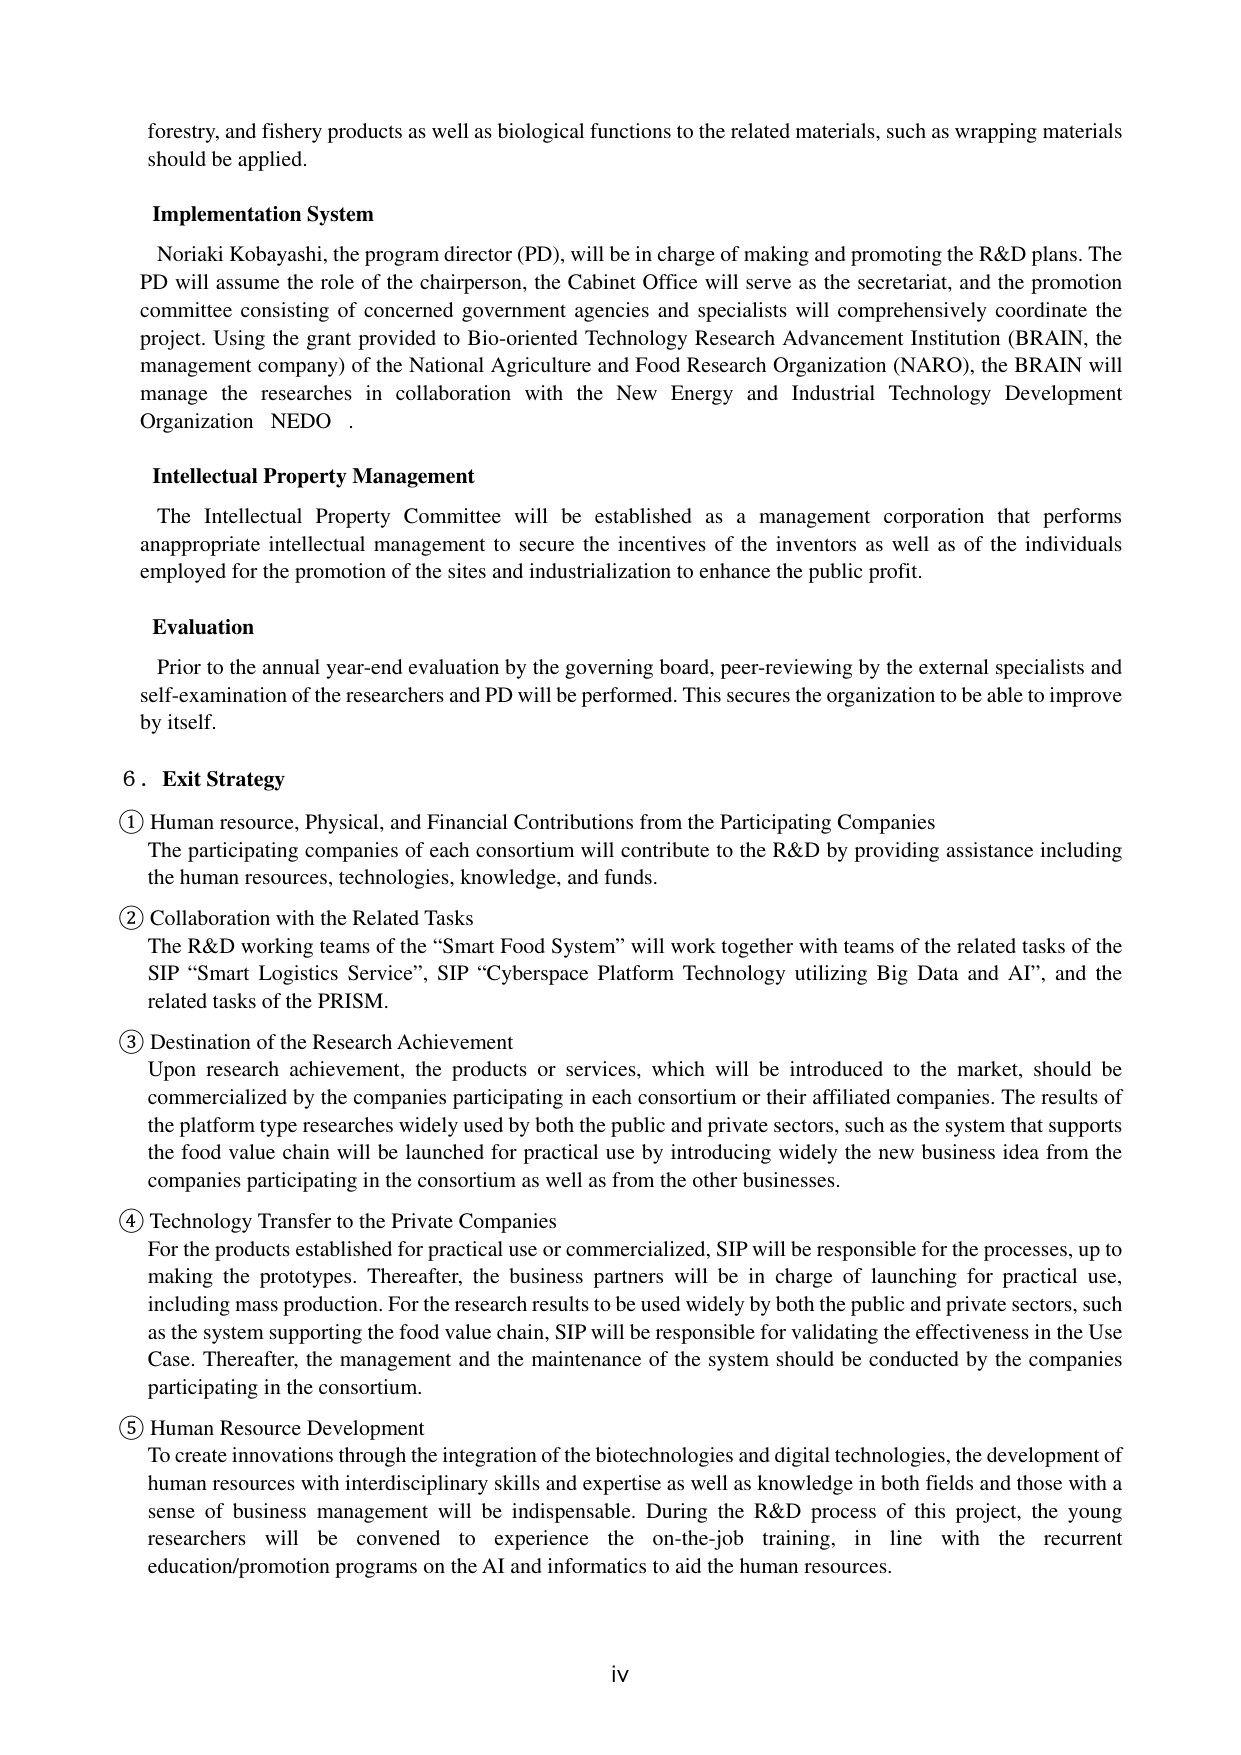
forestry, and fishery products as well as biological functions to the related materials, such as wrapping materials should be applied.

Implementation System
Noriaki Kobayashi, the program director (PD), will be in charge of making and promoting the R&D plans. The PD will assume the role of the chairperson, the Cabinet Office will serve as the secretariat, and the promotion committee consisting of concerned government agencies and specialists will comprehensively coordinate the project. Using the grant provided to Bio-oriented Technology Research Advancement Institution (BRAIN, the management company) of the National Agriculture and Food Research Organization (NARO), the BRAIN will manage the researches in collaboration with the New Energy and Industrial Technology Development Organization NEDO.

Intellectual Property Management
The Intellectual Property Committee will be established as a management corporation that performs an appropriate intellectual management to secure the incentives of the inventors as well as of the individuals employed for the promotion of the sites and industrialization to enhance the public profit.

Evaluation
Prior to the annual year-end evaluation by the governing board, peer-reviewing by the external specialists and self-examination of the researchers and PD will be performed. This secures the organization to be able to improve by itself.

6. Exit Strategy
① Human resource, Physical, and Financial Contributions from the Participating Companies
The participating companies of each consortium will contribute to the R&D by providing assistance including the human resources, technologies, knowledge, and funds.

② Collaboration with the Related Tasks
The R&D working teams of the “Smart Food System” will work together with teams of the related tasks of the SIP “Smart Logistics Service”, SIP “Cyberspace Platform Technology utilizing Big Data and AI”, and the related tasks of the PRISM.

③ Destination of the Research Achievement
Upon research achievement, the products or services, which will be introduced to the market, should be commercialized by the companies participating in each consortium or their affiliated companies. The results of the platform type researches widely used by both the public and private sectors, such as the system that supports the food value chain will be launched for practical use by introducing widely the new business idea from the companies participating in the consortium as well as from the other businesses.

④ Technology Transfer to the Private Companies
For the products established for practical use or commercialized, SIP will be responsible for the processes, up to making the prototypes. Thereafter, the business partners will be in charge of launching for practical use, including mass production. For the research results to be used widely by both the public and private sectors, such as the system supporting the food value chain, SIP will be responsible for validating the effectiveness in the Use Case. Thereafter, the management and the maintenance of the system should be conducted by the companies participating in the consortium.

⑤ Human Resource Development
To create innovations through the integration of the biotechnologies and digital technologies, the development of human resources with interdisciplinary skills and expertise as well as knowledge in both fields and those with a sense of business management will be indispensable. During the R&D process of this project, the young researchers will be convened to experience the on-the-job training, in line with the recurrent education/promotion programs on the AI and informatics to aid the human resources.

iv